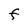
Character: F